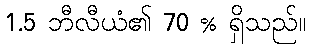
1.5 ဘီလီယံ၏ 70 % ရှိသည်။